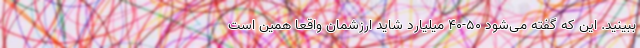
ببینید. این که گفته می‌شود 50-40 میلیارد شاید ارزشمان واقعا همین است